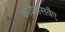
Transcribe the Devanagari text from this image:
कवित्तसवैए